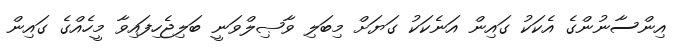
އިންސާނުންގެ އެކަކު ގައިން އަނެކަކު ގަޔަށް މިބަލި ވާޞިލްވަނީ ބަލިޖެހިފައިވާ މީހެއްގެ ގައިން